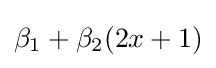
\beta _{1}+\beta _{2}(2x+1)